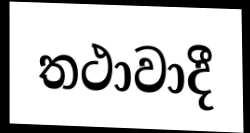
තථාවාදී